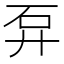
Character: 𥐧